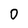
Character: 0